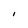
Character: I